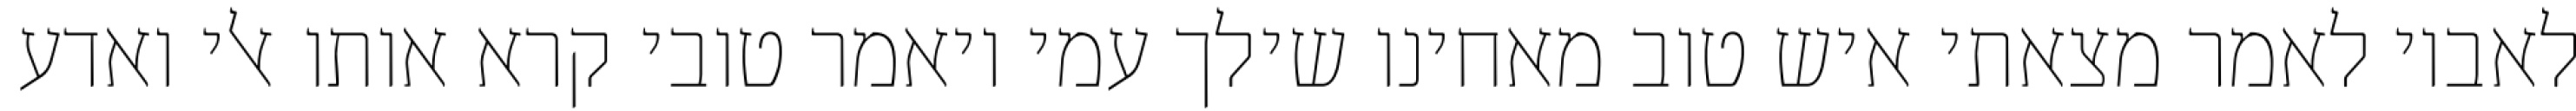
לאביו לאמר מצאתי איש טוב מאחינו שילך עמי ויאמר טובי קרא אותו אלי ואדע